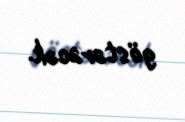
göstərəcək.